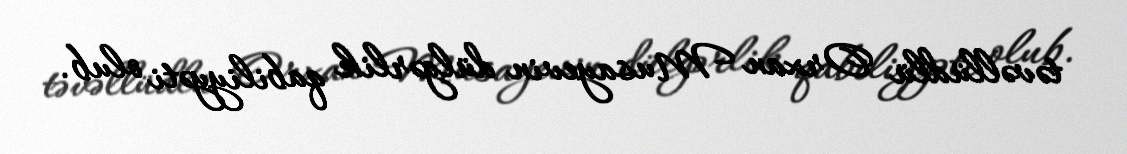
təvəllüdlü Orxan Musayevin dülgərlik qabiliyyəti olub.